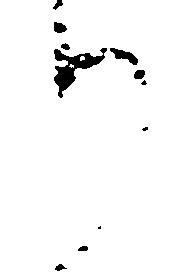
り